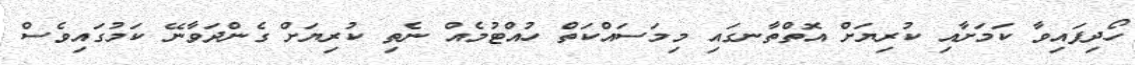
ހޯދިފައިވާ ކަމަށާއި ކުރިޔަށް އޮތްތާނގައި މިމަސައްކަތް ހުއްޓުމެއް ނެތި ކުރިޔަށް ގެންދަވާނޭ ކަމުގައިވެސް